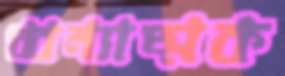
ধ্বন্যাত্মক